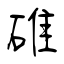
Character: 碓